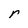
Character: r